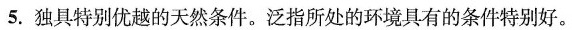
5.独具特别优越的天然条件。泛指所处的环境具有的条件特别好。